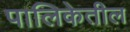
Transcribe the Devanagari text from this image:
पालिकेतील